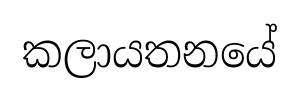
කලායතනයේ